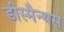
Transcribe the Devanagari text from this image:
डीस्मैन्थस